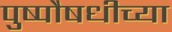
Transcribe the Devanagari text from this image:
पुष्पौषधीच्या